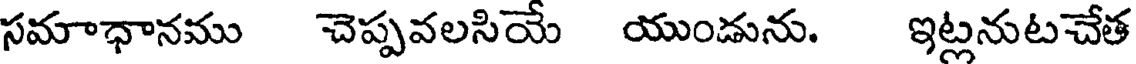
సమాధానము చెప్పవలసియే యుండును. ఇట్లనుటచేత